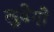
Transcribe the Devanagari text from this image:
लुवेगो